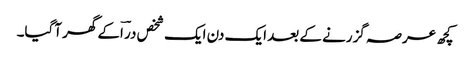
کچھ عرصہ گزرنے کے بعد ایک دن ایک شخص در ؔاکے گھر آگیا۔